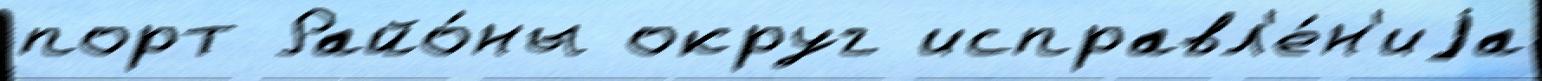
порт Райо́ны округ исправл'е́н'иjа